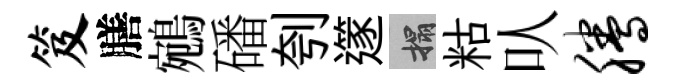
笈膳鵷磻刳𨗹搨䊀㕥腾